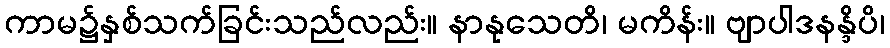
ကာမ၌နှစ်သက်ခြင်းသည်လည်း။ နာနုသေတိ၊ မကိန်း။ ဗျာပါဒနန္ဒိပိ၊